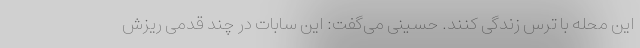
این محله با ترس زندگی کنند. حسینی می‌گفت: این سابات در چند قدمی ریزش